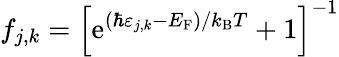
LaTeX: f_{j,k}=\left[\mathrm{e}^{(\hbar\varepsilon_{j,k}-{E_{\mathrm{F}}})/{k_{\mathrm{B}}}T}+1\right]^{-1}